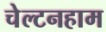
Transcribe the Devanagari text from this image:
चेल्टनहाम